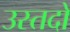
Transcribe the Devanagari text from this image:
उस्तदो